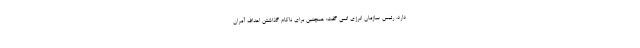
دارد. رئیس سازمان انرژی اتمی گفت: همچنین برای ناکام گذاشتن اهداف آمران